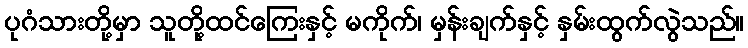
ပုဂံသားတို့မှာ သူတို့ထင်ကြေးနှင့် မကိုက်၊ မှန်းချက်နှင့် နှမ်းထွက်လွဲသည်။